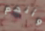
وأنهم